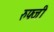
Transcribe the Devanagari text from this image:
रुफ्जी